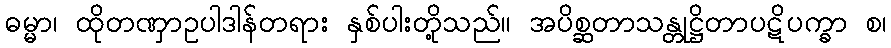
ဓမ္မာ၊ ထိုတဏှာဥပါဒါန်တရား နှစ်ပါးတို့သည်။ အပိစ္ဆတာသန္တုဋ္ဌိတာပဋိပက္ခာ စ၊